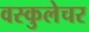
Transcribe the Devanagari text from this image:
वस्कुलेचर